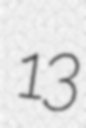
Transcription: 13